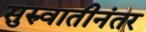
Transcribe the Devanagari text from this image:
सुरुवातीनंतर